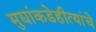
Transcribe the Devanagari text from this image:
मुद्यांकडेहीत्यांचे